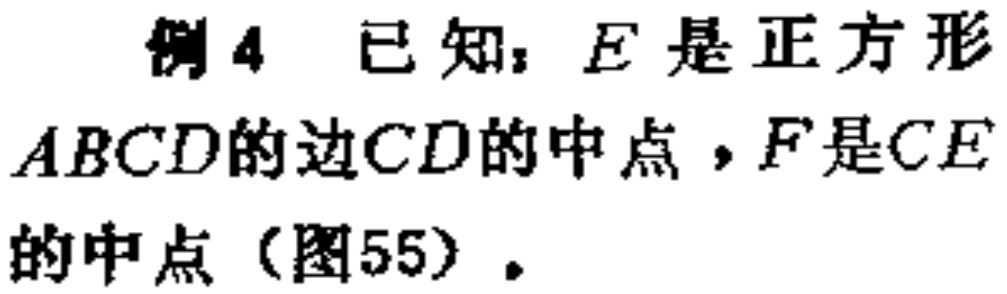
例4 已知：$E$是正方形$ABCD$的边$CD$的中点，$F$是$CE$的中点（图55）.